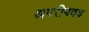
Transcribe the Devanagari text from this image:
अपरीपक्व